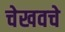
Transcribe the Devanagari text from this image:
चेखवचे